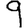
Digit: 9